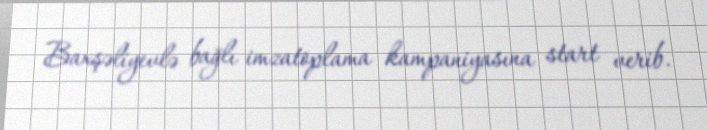
Baxşəliyevlə bağlı imzatoplama kampaniyasına start verib.